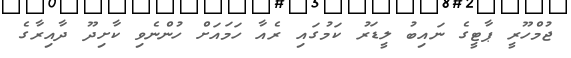
ޖުމްހޫރީ ޕާޓީގެ ނައިބު ލީޑަރު ކަމުގައި ރެއާ ހަމައަށް ހުންނެވި ކާށިދޫ ދާއިރާގެ